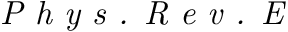
\emph { P h y s . R e v . E }